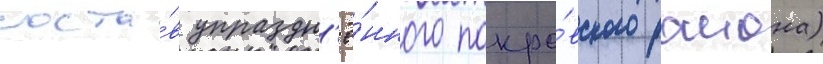
соста́в упраздн'ё́нного покро́вского раиона)